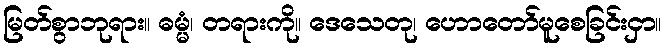
မြတ်စွာဘုရား။ ဓမ္မံ၊ တရားကို။ ဒေသေတု၊ ဟောတော်မူစေခြင်းငှာ။